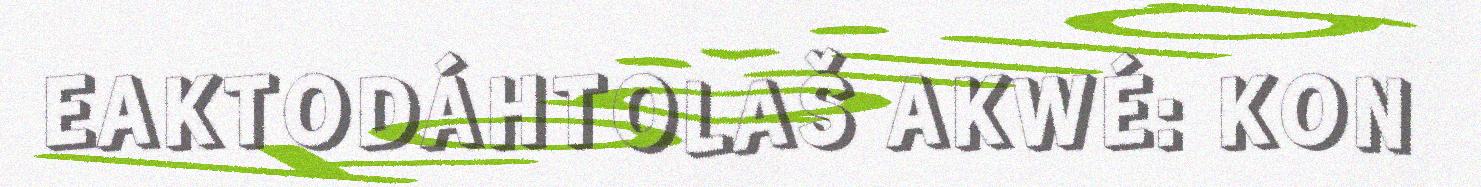
EAKTODÁHTOLAŠ AKWÉ: KON